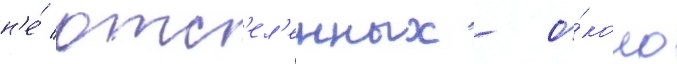
н'е́ отс'ел'енных - о́коло